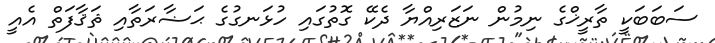
ސަބަބަކީ ތާރީޚްގެ ނިމުން ނަޒަރިއްޔާ ދެކޭ ގޮތުގައި ހުޅަނގުގެ ޙަޟާރަތާއި ޘަޤާފަތް އެއީ